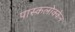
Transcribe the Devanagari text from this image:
पास्कलोक्केन